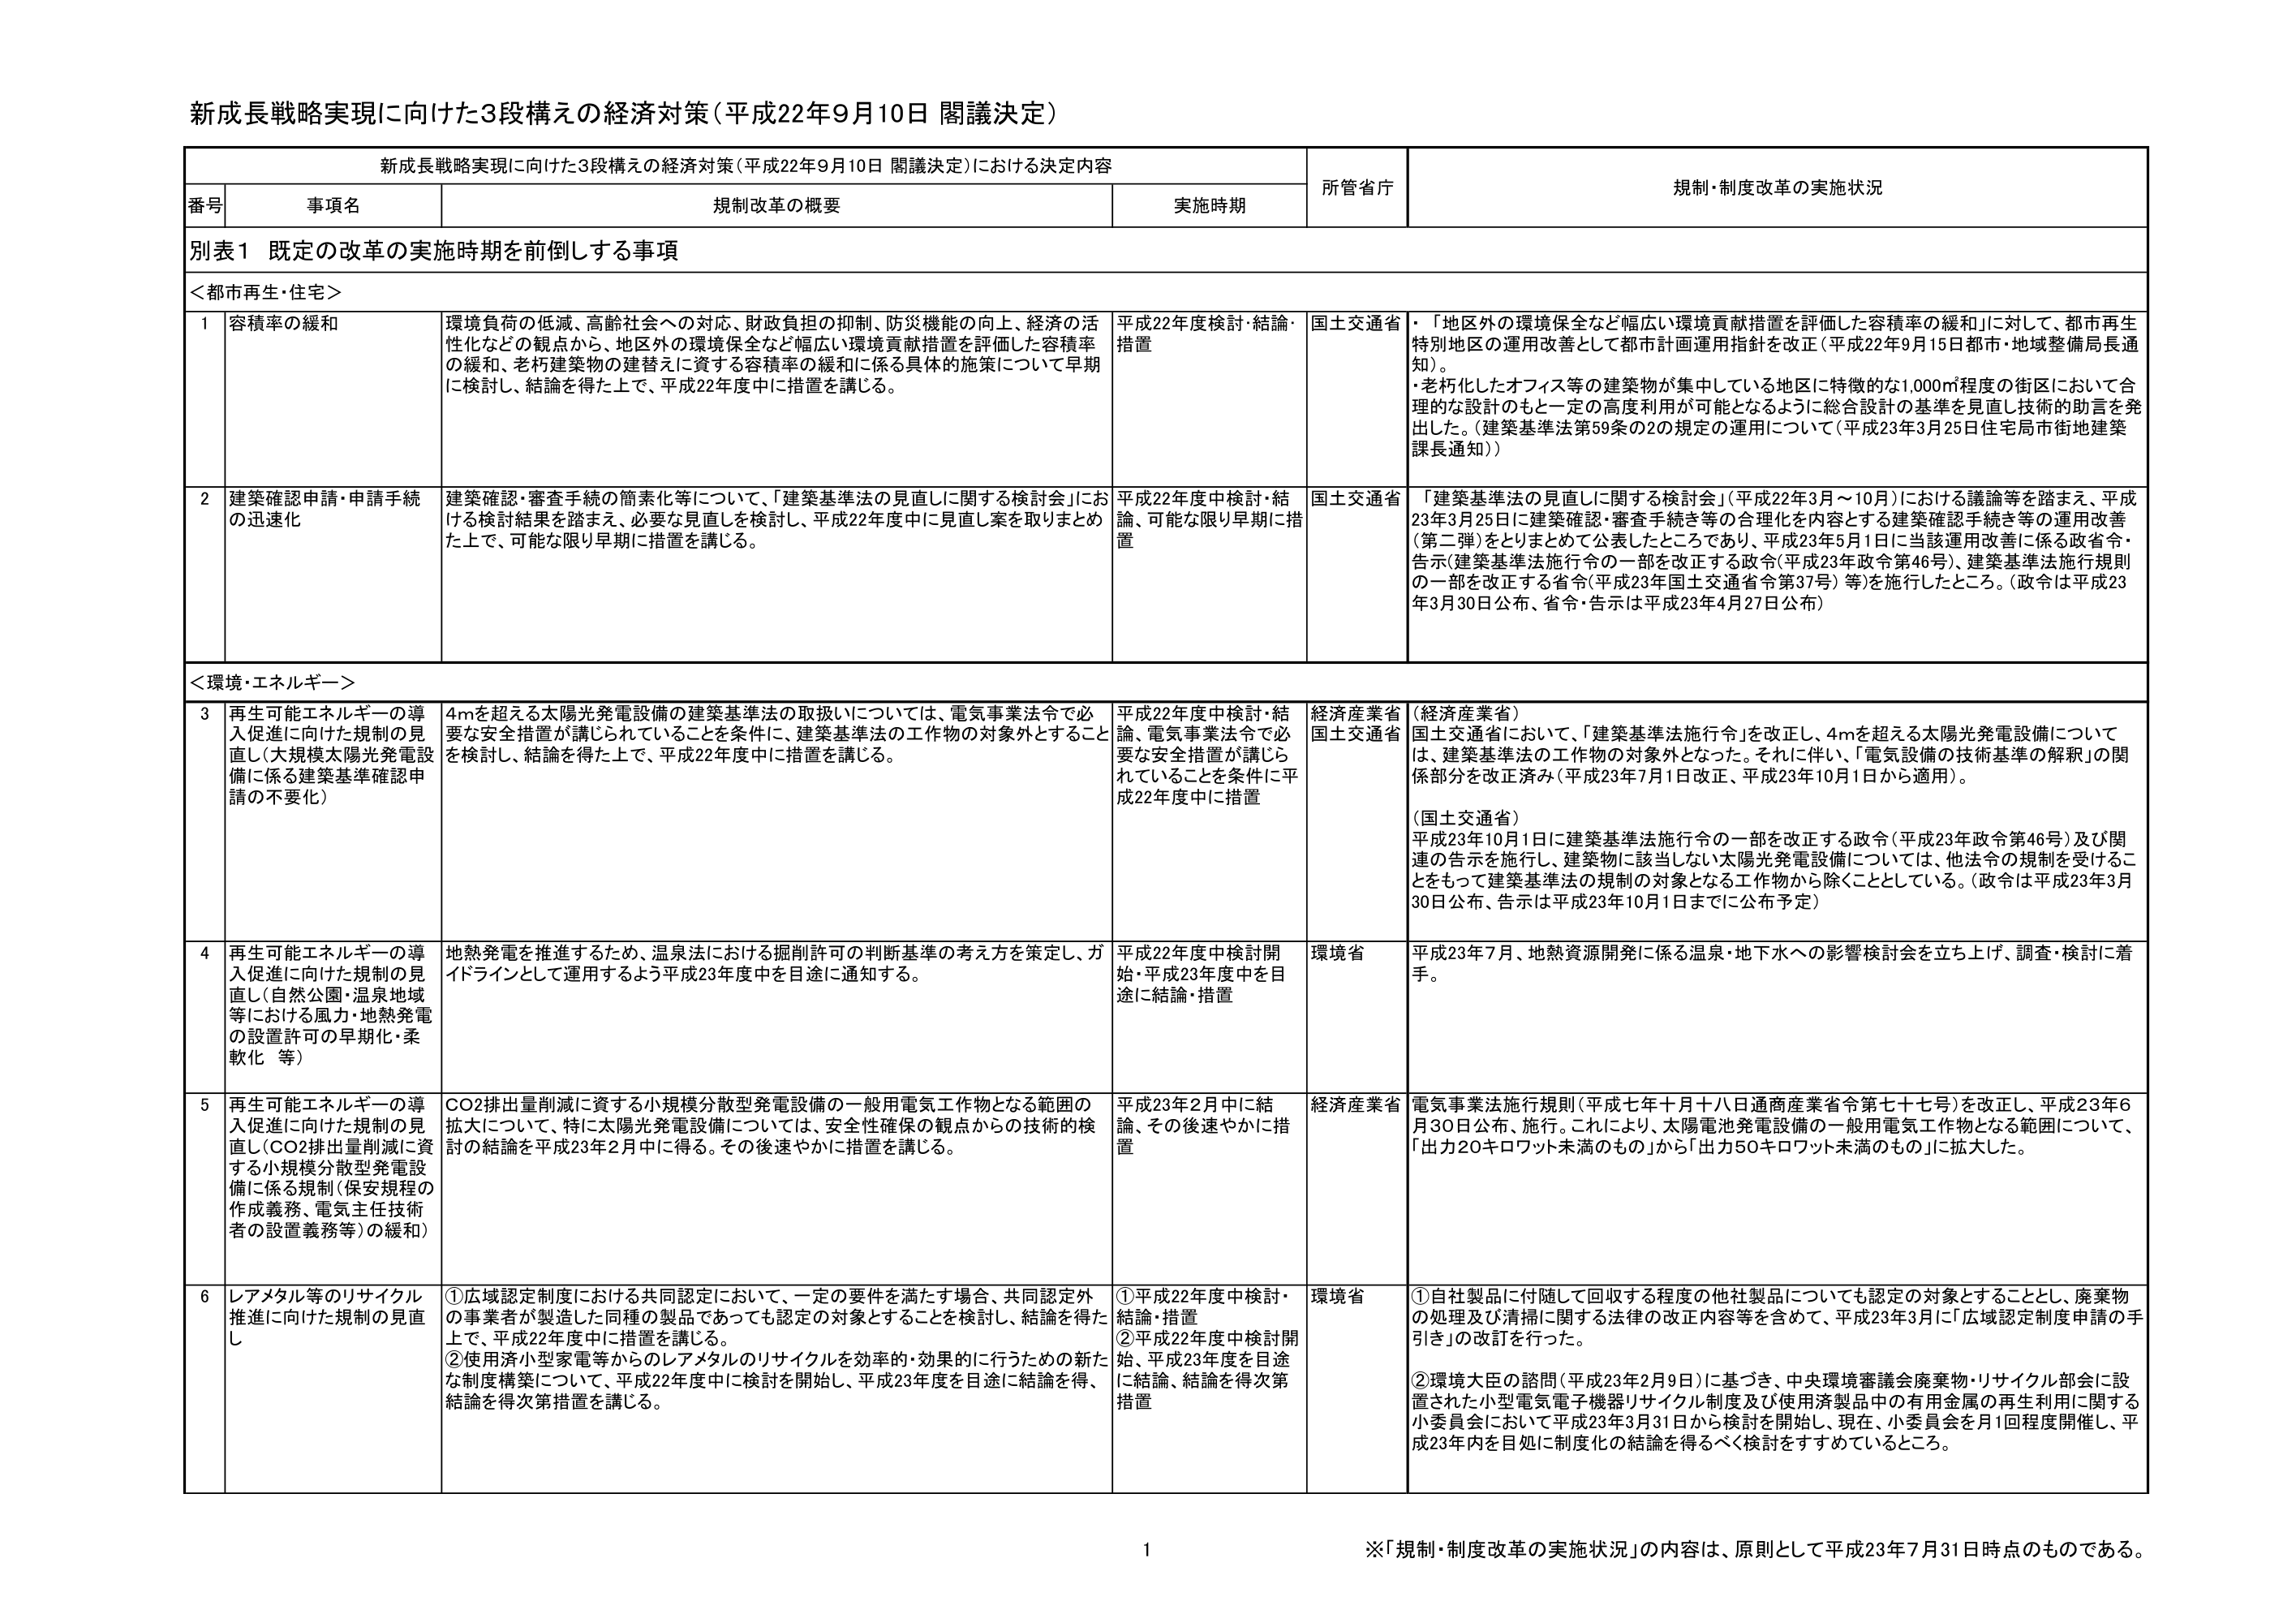
新成長戦略実現に向けた3段構えの経済対策（平成22年9月10日 閣議決定）

新成長戦略実現に向けた3段構えの経済対策（平成22年9月10日 閣議決定）における決定内容

番号 事項名 規制改革の概要 実施時期 所管省庁 規制・制度改革の実施状況

別表1 既定の改革の実施時期を前倒しする事項

＜都市再生・住宅＞

1 容積率の緩和 環境負荷の低減、高齢社会への対応、財政負担の抑制、防災機能の向上、経済の活性化などの観点から、地区外の環境保全など幅広い環境貢献措置を評価した容積率の緩和、老朽建築物の建替えに資する容積率の緩和に係る具体的施策について早期に検討し、結論を得た上で、平成22年度中に措置を講じる。 平成22年度検討・結論・措置 国土交通省 ・「地区外の環境保全など幅広い環境貢献措置を評価した容積率の緩和」に対して、都市再生特別地区の運用改善として都市計画運用指針を改正（平成22年9月15日都市・地域整備局長通知）。 ・老朽化したオフィス等の建築物が集中している地区に特徴的な1,000㎡程度の街区において合理的な設計のもと一定の高度利用が可能となるように総合設計の基準を見直し技術的助言を発出した。（建築基準法第59条の2の規定の運用について（平成23年3月25日住宅局市街地建築課長通知））

2 建築確認申請・申請手続の迅速化 建築確認・審査手続の簡素化等について、「建築基準法の見直しに関する検討会」における検討結果を踏まえ、必要な見直しを検討し、平成22年度中に見直し案を取りまとめた上で、可能な限り早期に措置を講じる。 平成22年度中検討・結論、可能な限り早期に措置 国土交通省 「建築基準法の見直しに関する検討会」（平成22年3月～10月）における議論等を踏まえ、平成23年3月25日に建築確認・審査手続き等の合理化を内容とする建築確認手続き等の運用改善（第二弾）をとりまとめて公表したところであり、平成23年5月1日に当該運用改善に係る政令・告示（建築基準法施行令の一部を改正する政令（平成23年政令第46号）、建築基準法施行規則の一部を改正する省令（平成23年国土交通省令第37号）等）を施行したところ。（政令は平成23年3月30日公布、省令・告示は平成23年4月27日公布）

＜環境・エネルギー＞

3 再生可能エネルギーの導入促進に向けた規制の見直し（大規模太陽光発電設備に係る建築基準確認申請の不要化） 4mを超える太陽光発電設備の建築基準法の取扱いについては、電気事業法令で必要な安全措置が講じられていることを条件に、建築基準法の工作物の対象外とすることを検討し、結論を得た上で、平成22年度中に措置を講じる。 平成22年度中検討・結論、電気事業法令で必要な安全措置が講じられていることを条件に平成22年度中に措置 経済産業省 国土交通省 （経済産業省） 国土交通省において、「建築基準法施行令」を改正し、4mを超える太陽光発電設備については、建築基準法の工作物の対象外となった。それに伴い、「電気設備の技術基準の解釈」の関係部分を改正済み（平成23年7月1日改正、平成23年10月1日から適用）。 （国土交通省） 平成23年10月1日に建築基準法施行令の一部を改正する政令（平成23年政令第46号）及び関連の告示を施行し、建築物に該当しない太陽光発電設備については、他法令の規制を受けることをもって建築基準法の規制の対象となる工作物から除くこととしている。（政令は平成23年3月30日公布、告示は平成23年10月1日までに公布予定）

4 再生可能エネルギーの導入促進に向けた規制の見直し（自然公園・温泉地域等における風力・地熱発電の設置許可の早期化・柔軟化 等） 地熱発電を推進するため、温泉法における掘削許可の判断基準の考え方を策定し、ガイドラインとして運用するよう平成23年度中を目途に通知する。 平成22年度中検討開始・平成23年度中を目途に結論・措置 環境省 平成23年7月、地熱資源開発に係る温泉・地下水への影響検討会を立ち上げ、調査・検討に着手。

5 再生可能エネルギーの導入促進に向けた規制の見直し（CO2排出量削減に資する小規模分散型発電設備に係る規制（保安規程の作成義務、電気主任技術者の設置義務等）の緩和） CO2排出量削減に資する小規模分散型発電設備の一般用電気工作物となる範囲の拡大について、特に太陽光発電設備については、安全性確保の観点からの技術的検討の結論を平成23年2月中に得る。その後速やかに措置を講じる。 平成23年2月中に結論、その後速やかに措置 経済産業省 電気事業法施行規則（平成七年十月十八日通商産業省令第七十七号）を改正し、平成23年6月30日公布、施行。これにより、太陽電池発電設備の一般用電気工作物となる範囲について、「出力20キロワット未満のもの」から「出力50キロワット未満のもの」に拡大した。

6 レアメタル等のリサイクル推進に向けた規制の見直し ①広域認定制度における共同認定において、一定の要件を満たす場合、共同認定外の事業者が製造した同種の製品であっても認定の対象とすることを検討し、結論を得た上で、平成22年度中に措置を講じる。 ②使用済小型家電等からのレアメタルのリサイクルを効率的・効果的に行うための新たな制度構築について、平成22年度中に検討を開始し、平成23年度を目途に結論を得、結論を得次第措置を講じる。 ①平成22年度中検討・結論・措置 ②平成22年度中検討開始、平成23年度を目途に結論、結論を得次第措置 環境省 ①自社製品に付随して回収する程度の他社製品についても認定の対象とすることとし、廃棄物の処理及び清掃に関する法律の改正内容等を含めて、平成23年3月に「広域認定制度申請の手引き」の改訂を行った。 ②環境大臣の諮問（平成23年2月9日）に基づき、中央環境審議会廃棄物・リサイクル部会に設置された小型電気電子機器リサイクル制度及び使用済製品中の有用金属の再生利用に関する小委員会において平成23年3月31日から検討を開始し、現在、小委員会を月1回程度開催し、平成23年内を目処に制度化の結論を得るべく検討をすすめているところ。

※「規制・制度改革の実施状況」の内容は、原則として平成23年7月31日時点のものである。